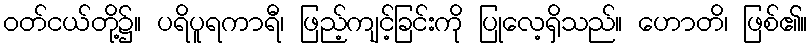
ဝတ်ငယ်တို့၌။ ပရိပူရကာရီ၊ ဖြည့်ကျင့်ခြင်းကို ပြုလေ့ရှိသည်။ ဟောတိ၊ ဖြစ်၏။